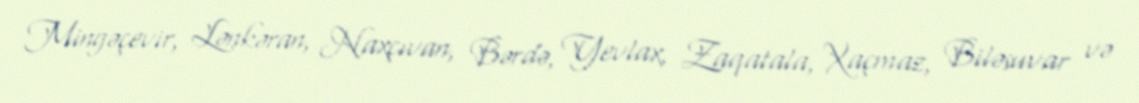
Mingəçevir, Lənkəran, Naxçıvan, Bərdə, Yevlax, Zaqatala, Xaçmaz, Biləsuvar və